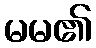
မမ၏